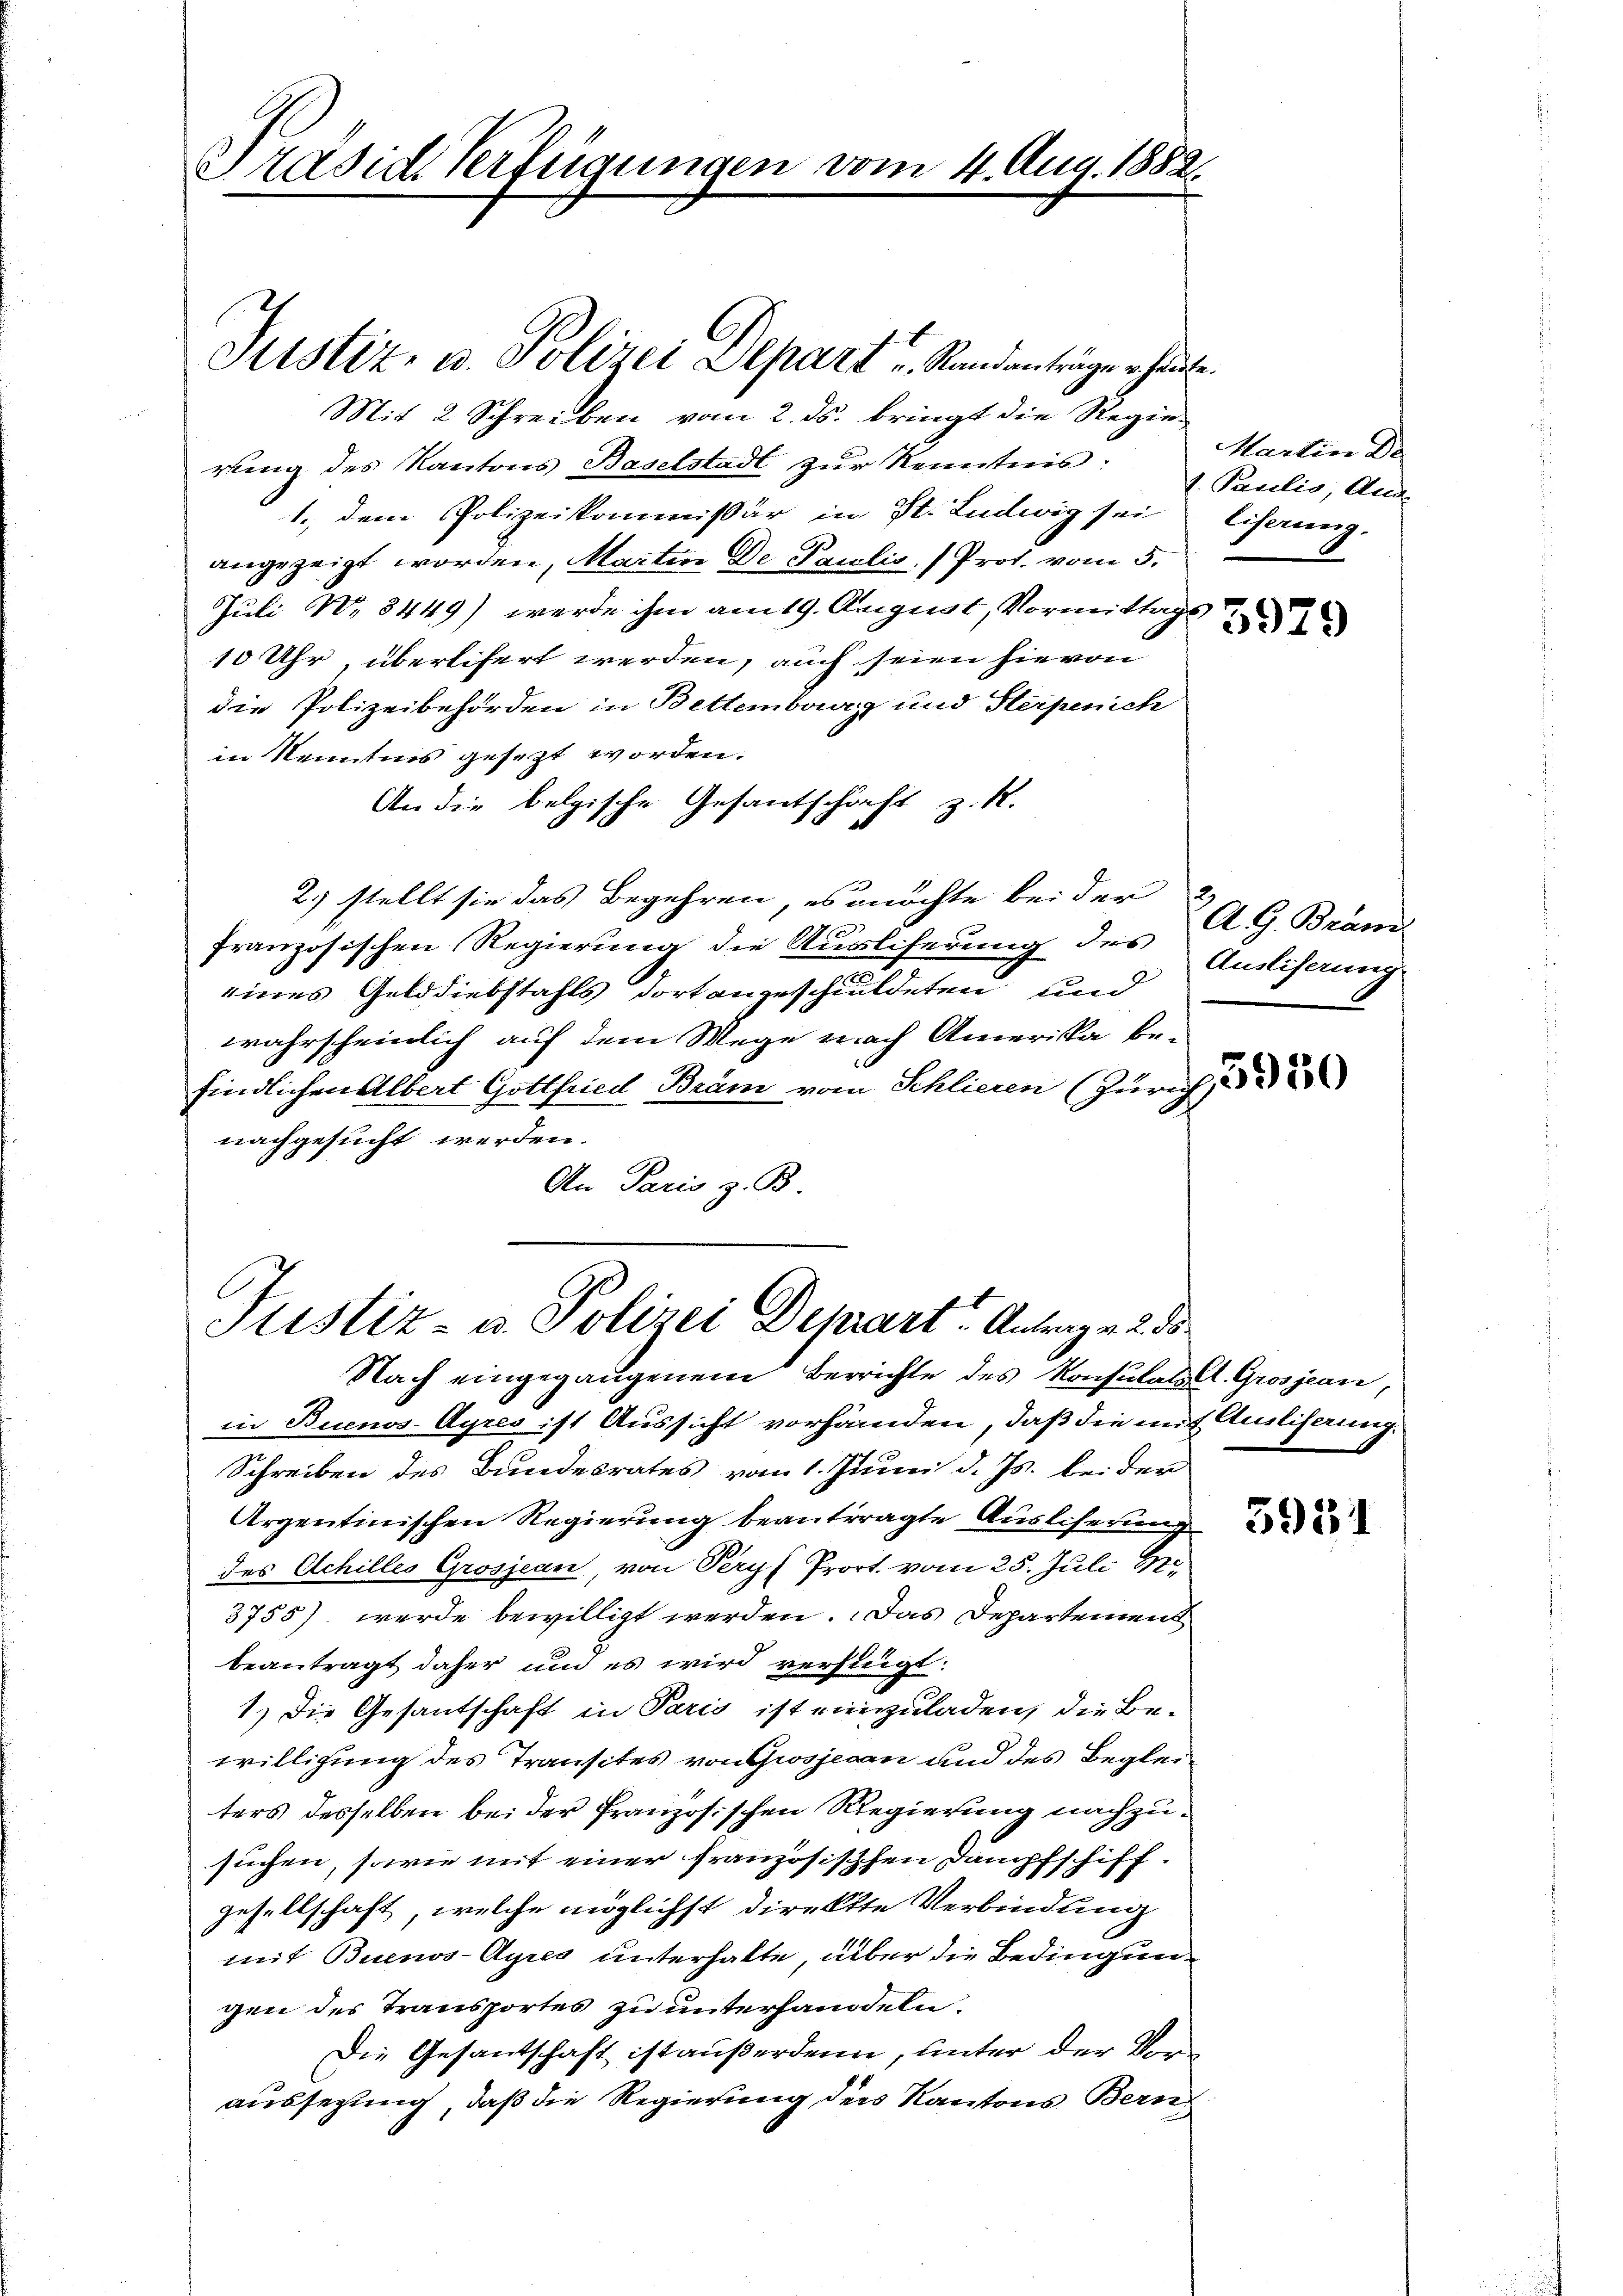
Mit 2 Schreiben vom 2. ds. bringt die Regiering des Kantons Baselstadt zur Kenntnis:
1., dem Polizeikommissär in St. Ludwig sei
angezeigt worden, Martin De Paulis, (Prot. vom 5.
Juli No 8449) werde ihm am 19. August, Vormittags
10 Uhr, überlifert werden, auch seien hievon
die Polizeibehörden in Bettemberg und Sterpenich
in Kenntnis gesezt worden.
An die belgische Gesantschäft z. R.
2) stellt sie das Begehren, es möchte bei der
französischen Regierung die Ausliserung des A. G. Bräm
eines Gelddiebstahls dort angeschuldeten und
wahrscheinlich auf dem Wege nach Amerika be-
findlichen Albert Gottfried Bräm vom Schliesen (Zürich
nachgesucht werden.
An Paris z. B.

Präside Verfügungen vom 4. Aug. 1882.

Justiz- u. Polizei Separt u. Randanträge erhande.

Justiz- u. Polizei Depart. Antrage 2. 55

Nach eingegangenem Berrichte des Konsulat A. Grosjean,
in Buenos-Ayres ist Aussicht vorhanden, daß die mit Ausliserung.
Schreiben des Bundesrates vom 1. Juni d. Js. bei der
Argentinischen Regierung beantragte Auslieferung
des Achilles Grosjean, von Peryf Prort vom 25. Juli 1
3755) werde bewilligt werden. Das Departement
beantragt daher und es wird verfügt:
1.) Die Gesantschaft in Paris ist einzuladen, die Bewilligung des Transites von Grosjecan und des Begleiters derselben bei der Französischen Regierung nachzusuchen, sowie mit einer französischfen Dampfschiff.
gesellschaft, welche möglichst direkte Verbindung
mit Buenos-Ayres unterhalte, über die Bedingungen des Transportes zu unterhandeln.
Die Gesantschaft ist außerden, unter der Voraussezung, daß die Regierung des Kantons Bern,

Martin De
1. Paulis, Auge
Eiferung.

Ausliserung

5931